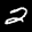
Label: 2